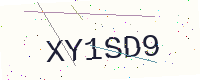
Text: XY1SD9